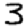
Digit: 3